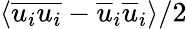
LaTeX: \langle\overline{{u_{i}u_{i}}}-\overline{{u}}_{i}\overline{{u}}_{i}\rangle/2